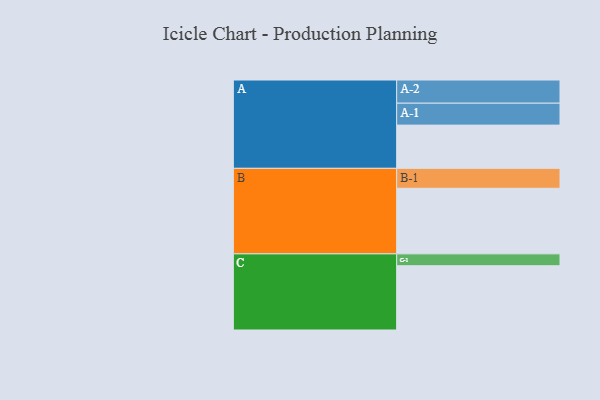
{"axis": {"x": "Segment", "y": "Value"}, "legend": ["", "A", "B", "C"], "data": [{"x": "A", "y": 386, "type": ""}, {"x": "B", "y": 586, "type": ""}, {"x": "C", "y": 574, "type": ""}, {"x": "A-1", "y": 196, "type": "A"}, {"x": "A-2", "y": 207, "type": "A"}, {"x": "B-1", "y": 178, "type": "B"}, {"x": "C-1", "y": 106, "type": "C"}]}